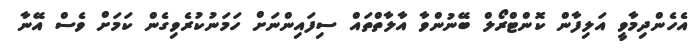
އެހެންދިމާވީ އަލިފާން ކޮންޓްރޯލް ބޭނުންވާ އާލާތްތައް ސިފައިންނަށް ހަމަނުކުރެވިގެން ކަމަށް ވެސް އޭނާ